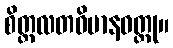
စိတ္တလတဝိမာနဝတ္ထု။